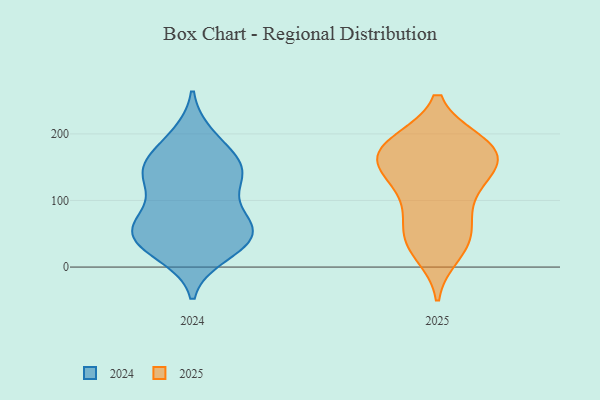
{"axis": {"x": "Budget (USD K)", "y": "Value"}, "legend": ["2024", "2025"], "data": [{"x": "", "y": 187, "type": "2025"}, {"x": "", "y": 21, "type": "2025"}, {"x": "", "y": 187, "type": "2025"}, {"x": "", "y": 186, "type": "2025"}, {"x": "", "y": 156, "type": "2025"}, {"x": "", "y": 133, "type": "2025"}, {"x": "", "y": 133, "type": "2025"}, {"x": "", "y": 80, "type": "2025"}, {"x": "", "y": 47, "type": "2025"}, {"x": "", "y": 41, "type": "2025"}, {"x": "", "y": 180, "type": "2025"}, {"x": "", "y": 162, "type": "2025"}, {"x": "", "y": 168, "type": "2025"}, {"x": "", "y": 35, "type": "2025"}, {"x": "", "y": 164, "type": "2025"}, {"x": "", "y": 122, "type": "2025"}, {"x": "", "y": 84, "type": "2025"}, {"x": "", "y": 84, "type": "2024"}, {"x": "", "y": 62, "type": "2024"}, {"x": "", "y": 62, "type": "2024"}, {"x": "", "y": 191, "type": "2024"}, {"x": "", "y": 197, "type": "2024"}, {"x": "", "y": 150, "type": "2024"}, {"x": "", "y": 152, "type": "2024"}, {"x": "", "y": 134, "type": "2024"}, {"x": "", "y": 19, "type": "2024"}, {"x": "", "y": 148, "type": "2024"}, {"x": "", "y": 54, "type": "2024"}, {"x": "", "y": 32, "type": "2024"}, {"x": "", "y": 27, "type": "2024"}, {"x": "", "y": 158, "type": "2024"}, {"x": "", "y": 57, "type": "2024"}, {"x": "", "y": 46, "type": "2024"}, {"x": "", "y": 134, "type": "2024"}, {"x": "", "y": 128, "type": "2024"}, {"x": "", "y": 82, "type": "2024"}, {"x": "", "y": 39, "type": "2024"}]}